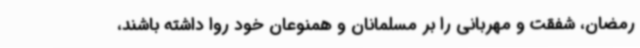
رمضان، شفقت و مهربانی را بر مسلمانان و همنوعان خود روا داشته باشند،